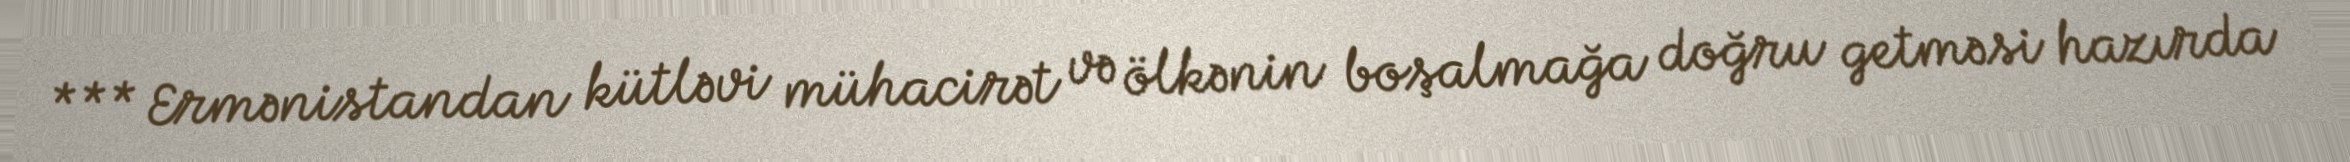
*** Ermənistandan kütləvi mühacirət və ölkənin boşalmağa doğru getməsi hazırda